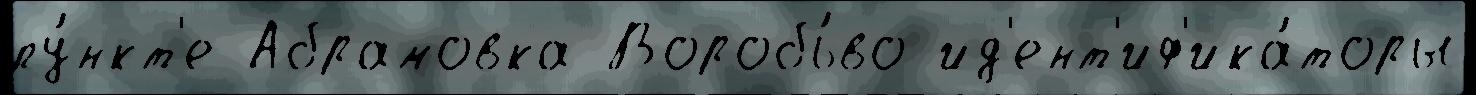
пу́нкт'е Абрамовка Воробь́во ид'ент'иф'ика́торы